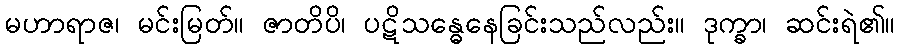
မဟာရာဇ၊ မင်းမြတ်။ ဇာတိပိ၊ ပဋိသန္ဓေနေခြင်းသည်လည်း။ ဒုက္ခာ၊ ဆင်းရဲ၏။